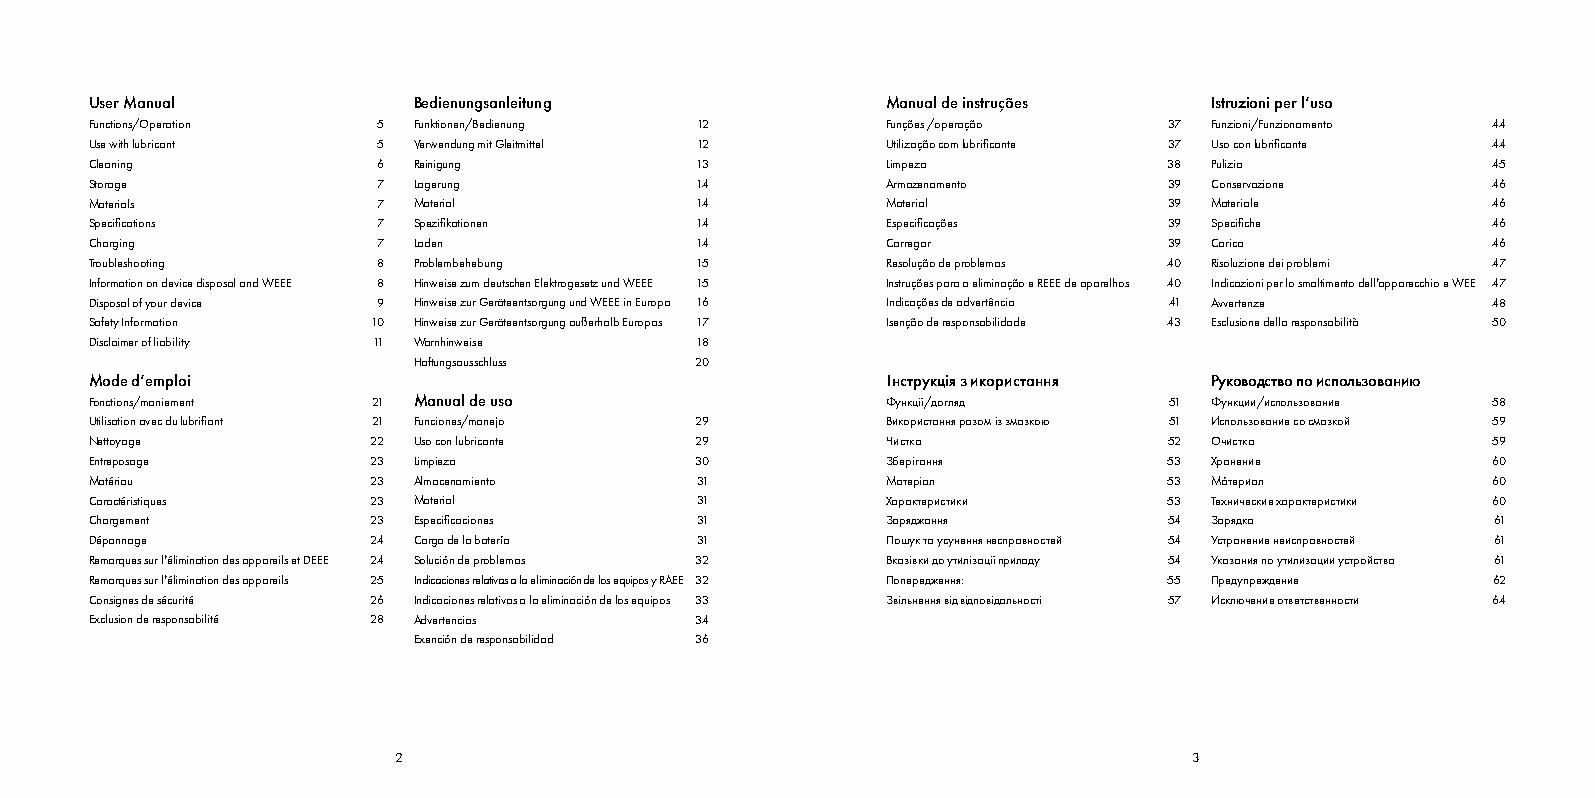
User Manual          Bedienungsanleitung             Manual de instruções Istruzioni per l‘uso
 Functions/Operation 5 Funktionen/Bedienung 12        Funções /operação 37 Funzioni/Funzionamento 44
 Use with lubricant 5 Verwendung mit Gleitmittel 12   Utilização com lubrificante 37 Uso con lubrificante 44
 Cleaning           6 Reinigung          13           Limpeza           38 Pulizia            45
 Storage            7 Lagerung           14           Armazenamento     39 Conservazione      46
 Materials          7 Material           14           Material          39 Materiale          46
 Specifications     7 Spezifikationen    14           Especificações    39 Specifiche         46
 Charging           7 Laden              14           Carregar          39 Carica             46
 Troubleshooting    8 Problembehebung    15           Resolução de problemas 40 Risoluzione dei problemi 47
 Information on device disposal and WEEE 8 Hinweise zum deutschen Elektrogesetz und WEEE 15 Instruções para a eliminação e REEE de aparelhos 40 Indicazioni per lo smaltimento dell’apparecchio e WEE 47
 Disposal of your device 9 Hinweise zur Geräteentsorgung und WEEE in Europa 16 Indicações de advertência 41 Avvertenze 48
 Safety Information 10 Hinweise zur Geräteentsorgung außerhalb Europas 17 Isenção de responsabilidade 43 Esclusione della responsabilità 50
 Disclaimer of liability 11 Warnhinweise 18
 Haftungsausschluss 20
 Mode d‘emploi                                        Інструкція з икористання Руководство по использованию
 Fonctions/maniement 21 Manual de uso                 Функції/догляд    51 Функции/использование 58
 Utilisation avec du lubrifiant 21 Funciones/manejo 29 Використання разом із змазкою 51 Использование со смазкой 59
 Nettoyage          22 Uso con lubricante 29          Чистка            52 Очистка            59
 Entreposage        23 Limpieza          30           Зберігання        53 Хранение           60
 Matériau           23 Almacenamiento    31           Матеріал          53 Ма`териал          60
 Caractéristiques   23 Material          31           Характеристики    53 Технические характеристики 60
 Chargement         23 Especificaciones  31           Заряджання        54 Зарядка            61
 Dépannage          24 Carga de la batería 31         Пошук та усунення несправностей 54 Устранение неисправностей 61
 Remarques sur l‘élimination des appareils et DEEE 24 Solución de problemas 32 Вказівки до утилізації приладу 54 Указания по утилизации устройства 61
 Remarques sur l‘élimination des appareils 25 Indicaciones relativas a la eliminación de los equipos y RAEE 32 Попередження: 55 Предупреждение 62
 Consignes de sécurité 26 Indicaciones relativas a la eliminación de los equipos 33 Звільнення від відповідальності 57 Исключение ответственности 64
 Exclusion de responsabilité 28 Advertencias 34
 Exención de responsabilidad 36
 2                                                    3